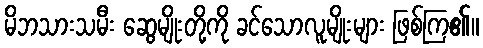
မိဘသားသမီး ဆွေမျိုးတို့ကို ခင်သောလူမျိုးများ ဖြစ်ကြ၏။